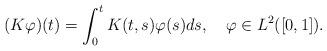
LaTeX: \begin{align*}(K\varphi)(t)=\int_{0}^{t}K(t,s)\varphi(s)ds,\ \ \ \varphi\in L^{2}([0,1]).\end{align*}